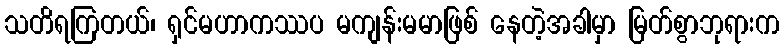
သတိရကြတယ်၊ ရှင်မဟာကဿပ မကျန်းမမာဖြစ် နေတဲ့အခါမှာ မြတ်စွာဘုရားက